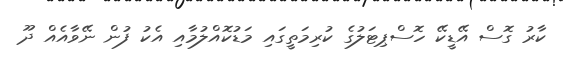
ކާރު ގޮސް އޭޑީކޭ ހޮސްޕިޓަލުގެ ކުރިމަތީގައި މަޑުކޮއްލުމާއި އެކު ފުން ނޭވާއެއް ދޫ